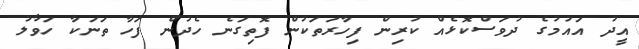
އީދު އައުމުގެ ދުވަސްކޮޅެއް ކުރިން ފިހާރަތަކުން ފޮތިގަނެ ހެދުން ފަހާ ތަނަކާ ހަވާލު